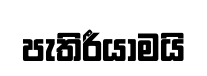
පැතිරීයාමයි